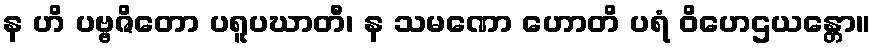
န ဟိ ပဗ္ဗဇိတော ပရူပဃာတီ၊ န သမဏော ဟောတိ ပရံ ဝိဟေဌယန္တော။